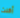
أكلت